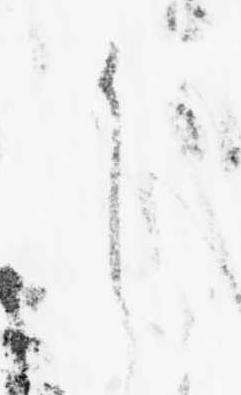
之